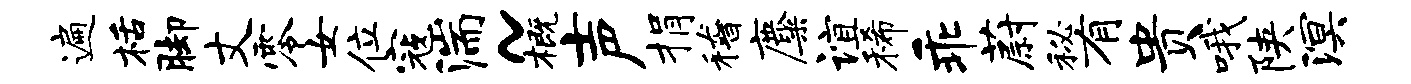
遍栝脚丈零女位寇湍~概声捐稽麋谊稀乖蔚秘有贵哦陕溟